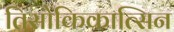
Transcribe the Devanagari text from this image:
तिसोकिकात्सिन